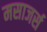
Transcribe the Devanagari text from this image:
मसाजर्स